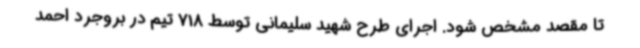
تا مقصد مشخص شود. اجرای طرح شهید سلیمانی توسط 718 تیم در بروجرد احمد